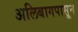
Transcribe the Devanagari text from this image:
अलिबागपासून